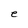
Character: e